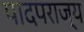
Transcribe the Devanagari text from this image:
पादपराज्य